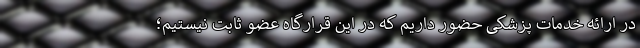
در ارائه خدمات پزشکی حضور داریم که در این قرارگاه عضو ثابت نیستیم؛